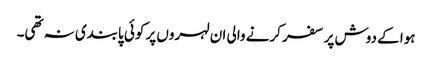
ہوا کے دوش پر سفر کرنے والی ان لہروں پر کوئی پابندی نہ تھی۔